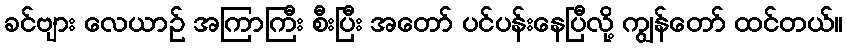
ခင်ဗျား လေယာဉ် အကြာကြီး စီးပြီး အတော် ပင်ပန်းနေပြီလို့ ကျွန်တော် ထင်တယ်။